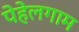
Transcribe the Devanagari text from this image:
पेहेलगाम